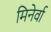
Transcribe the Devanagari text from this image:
मिनेर्वा